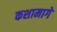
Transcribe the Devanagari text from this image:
कशामागे